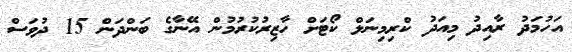
އަހުމަދު ރާއިދު މިއަދު ކްރިމިނަލް ކޯޓަށް ހާޒިރުކުރުމުން އޭނާގެ ބަންދަން 15 ދުވަސް